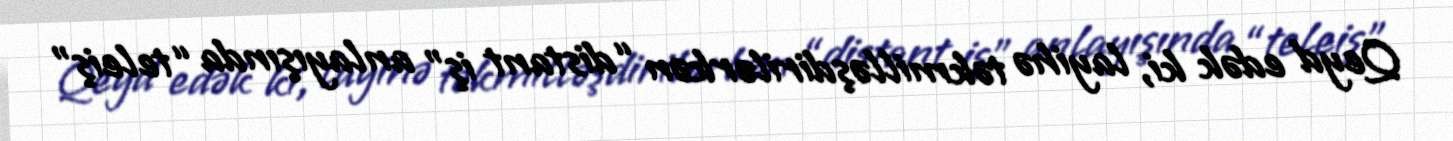
Qeyd edək ki, layihə təkmilləşdirilərkən “distant iş” anlayışında “teleiş”